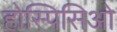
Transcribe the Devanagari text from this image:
होस्पिसिओ